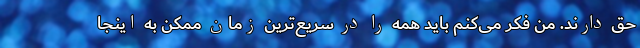
حق دارند. من فکر می‌کنم باید همه را در سریع‌ترین زمان ممکن به اینجا